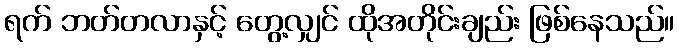
ရက် ဘတ်တလာနှင့် တွေ့လျှင် ထိုအတိုင်းချည်း ဖြစ်နေသည်။